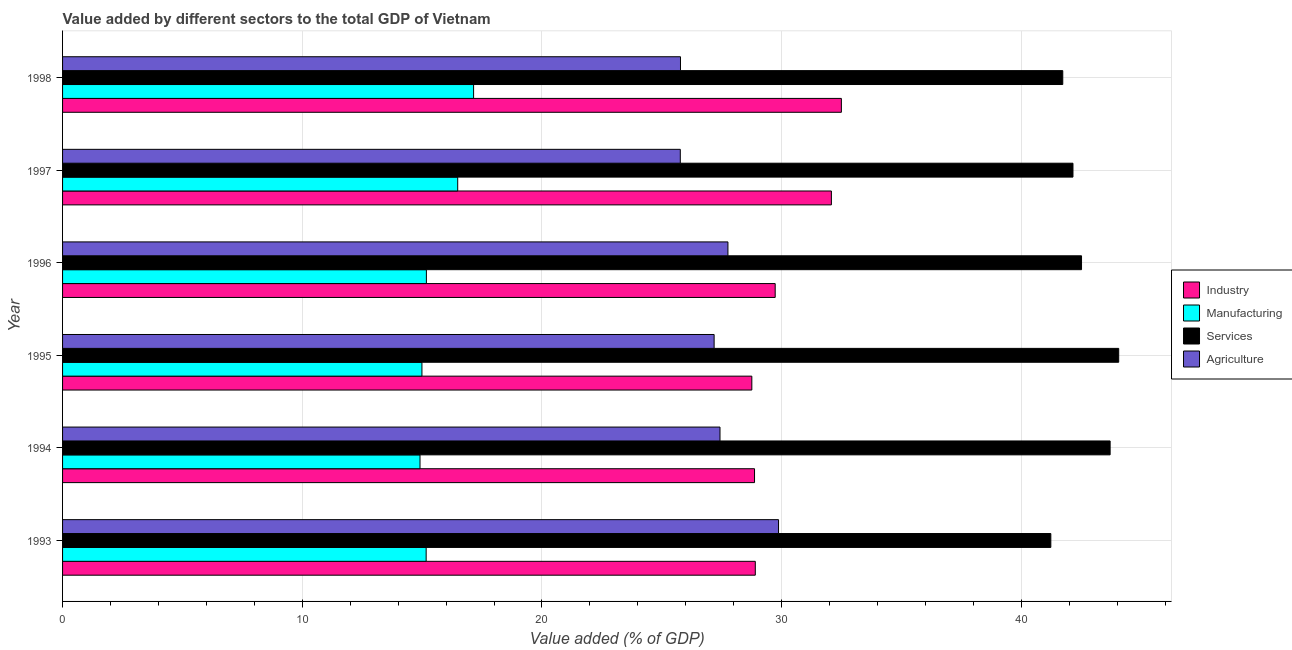
| Year | Industry | Manufacturing | Services | Agriculture |
 | --- | --- | --- | --- | --- |
 | 1993 | 28.9 | 15.2 | 41.2 | 29.9 |
 | 1994 | 28.9 | 14.9 | 43.7 | 27.4 |
 | 1995 | 28.8 | 15 | 44.1 | 27.2 |
 | 1996 | 29.7 | 15.2 | 42.5 | 27.8 |
 | 1997 | 32.1 | 16.5 | 42.2 | 25.8 |
 | 1998 | 32.5 | 17.1 | 41.7 | 25.8 |